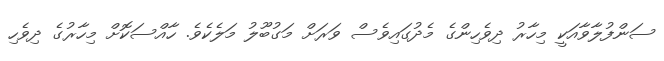
ސަންފުލާވާއަކީ މިހާރު ދިވެހިންގެ މެދުގައިވެސް ވަރަށް މަގުބޫލު މަލެކެވެ. ހާއްސަކޮށް މިހާރުގެ ދިވެހި